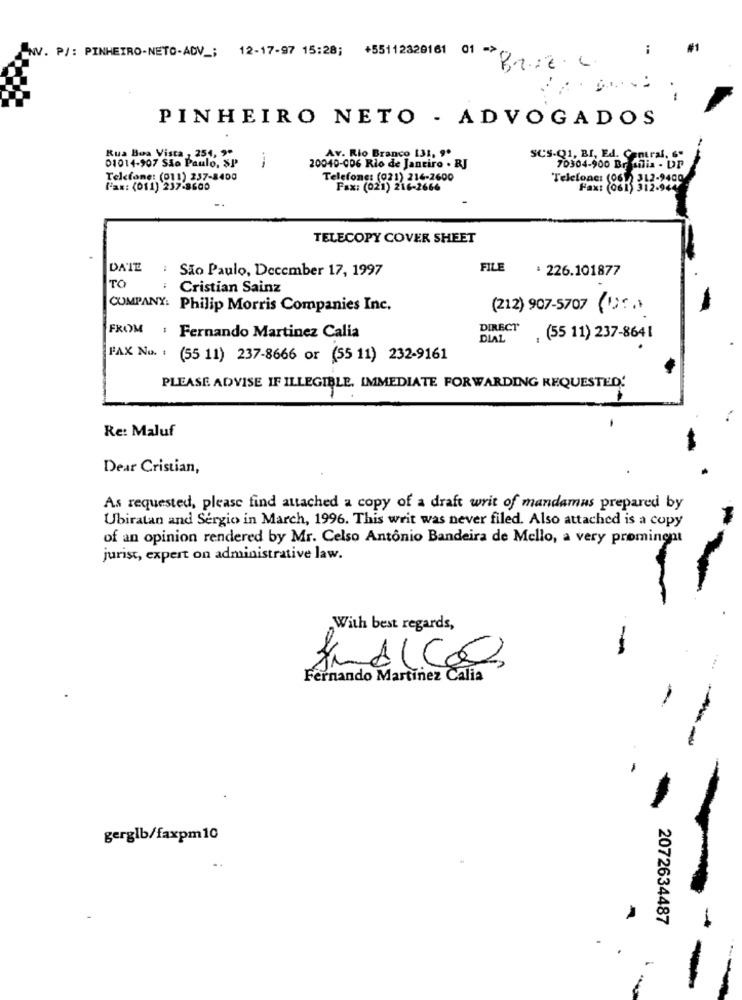
NV. P/: PINHEIRO-NETO-ADV _; 12-17-97 15:28; +55112320161 01 ->
Br .. E.L.
PINHEIRO NETO - ADVOGADOS
Rua Boa Vista , 254, ""
Av. Rio Branco 131, 9'
SCS-Q1, BI, Ed. Central. 6"
01014-907 São Paulo, SP
20040-006 Rio de Janeiro . RJ
70304-900 Brasilia - DP
Telefone: (011) 237-8400
Telefone: (021) 216-2600
Telefone: (061 312-9400
fax: (011) 237-8600
Fax: (021) 216-2666
Fax: (061) 312-944
TELECOPY COVER SHEET
DATE : São Paulo, December 17, 1997
FILE
: 226.101877
TO
: Cristian Sainz
COMPANY: Philip Morris Companies Inc.
(212) 907-5707 (Dr.)
DIRECT
FROM : Fernando Martinez Calia
DIAL
. (55 11) 237-8641
PAX NO. : (55 11) 237-8666 or (55 11) 232-9161
PLEASE ADVISE IF ILLEGIBLE. IMMEDIATE FORWARDING REQUESTED!
Re: Maluf
Dear Cristian,
As requested, please find attached a copy of a draft writ of mandamus prepared by
Ubiratan and Sergio in March, 1996. This writ was never filed. Also attached is a copy
of an opinion rendered by Mr. Celso Antônio Bandeira de Mello, a very prominent
jurist, expert on administrative law.
With best regards,
-
Fernando Martinez Calia
gerglb/faxpm10
2072634487